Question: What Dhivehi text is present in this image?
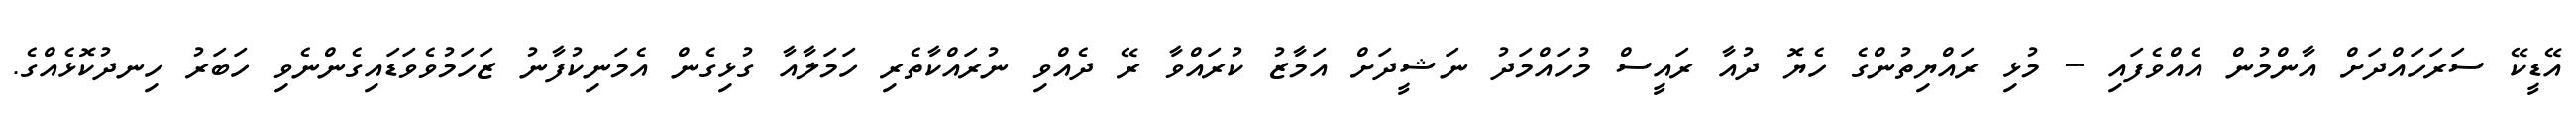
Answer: އޭޑީކޭ ސަރަހައްދަށް އާންމުން އެއްވެފައި -- މުޅި ރައްޔިތުންގެ ހެޔޮ ދުއާ ރައީސް މުހައްމަދު ނަޝީދަށް އަމާޒު ކުރައްވާ ރޭ ދެއްވި ނުރައްކާތެރި ހަމަލާއާ ގުޅިގެން އެމަނިކުފާނު ޒަހަމުވެވަޑައިގެންނެވި ހަބަރު ހިނދުކޮޅެއްގެ.